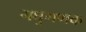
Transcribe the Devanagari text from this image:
गघुगणक